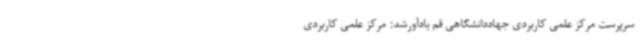
سرپرست مرکز علمی کاربردی جهاددانشگاهی قم یادآورشد: مرکز علمی کاربردی